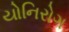
યોનિરોગ